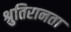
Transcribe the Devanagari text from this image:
श्रुतिरानता